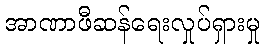
အာဏာဖီဆန်ရေးလှုပ်ရှားမှု